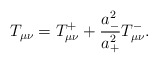
\begin{align*}T_{\mu\nu}=T^+_{\mu\nu}+\frac{a_-^2}{a_+^2}T_{\mu\nu}^-.\end{align*}